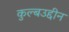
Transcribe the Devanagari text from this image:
कुल्बउद्दीन